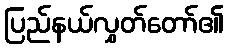
ပြည်နယ်လွှတ်တော်၏